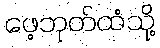
ဖေ့ဘုတ်ထံသို့